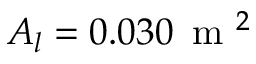
A _ { l } = 0 . 0 3 0 \, \textrm { m } ^ { 2 }